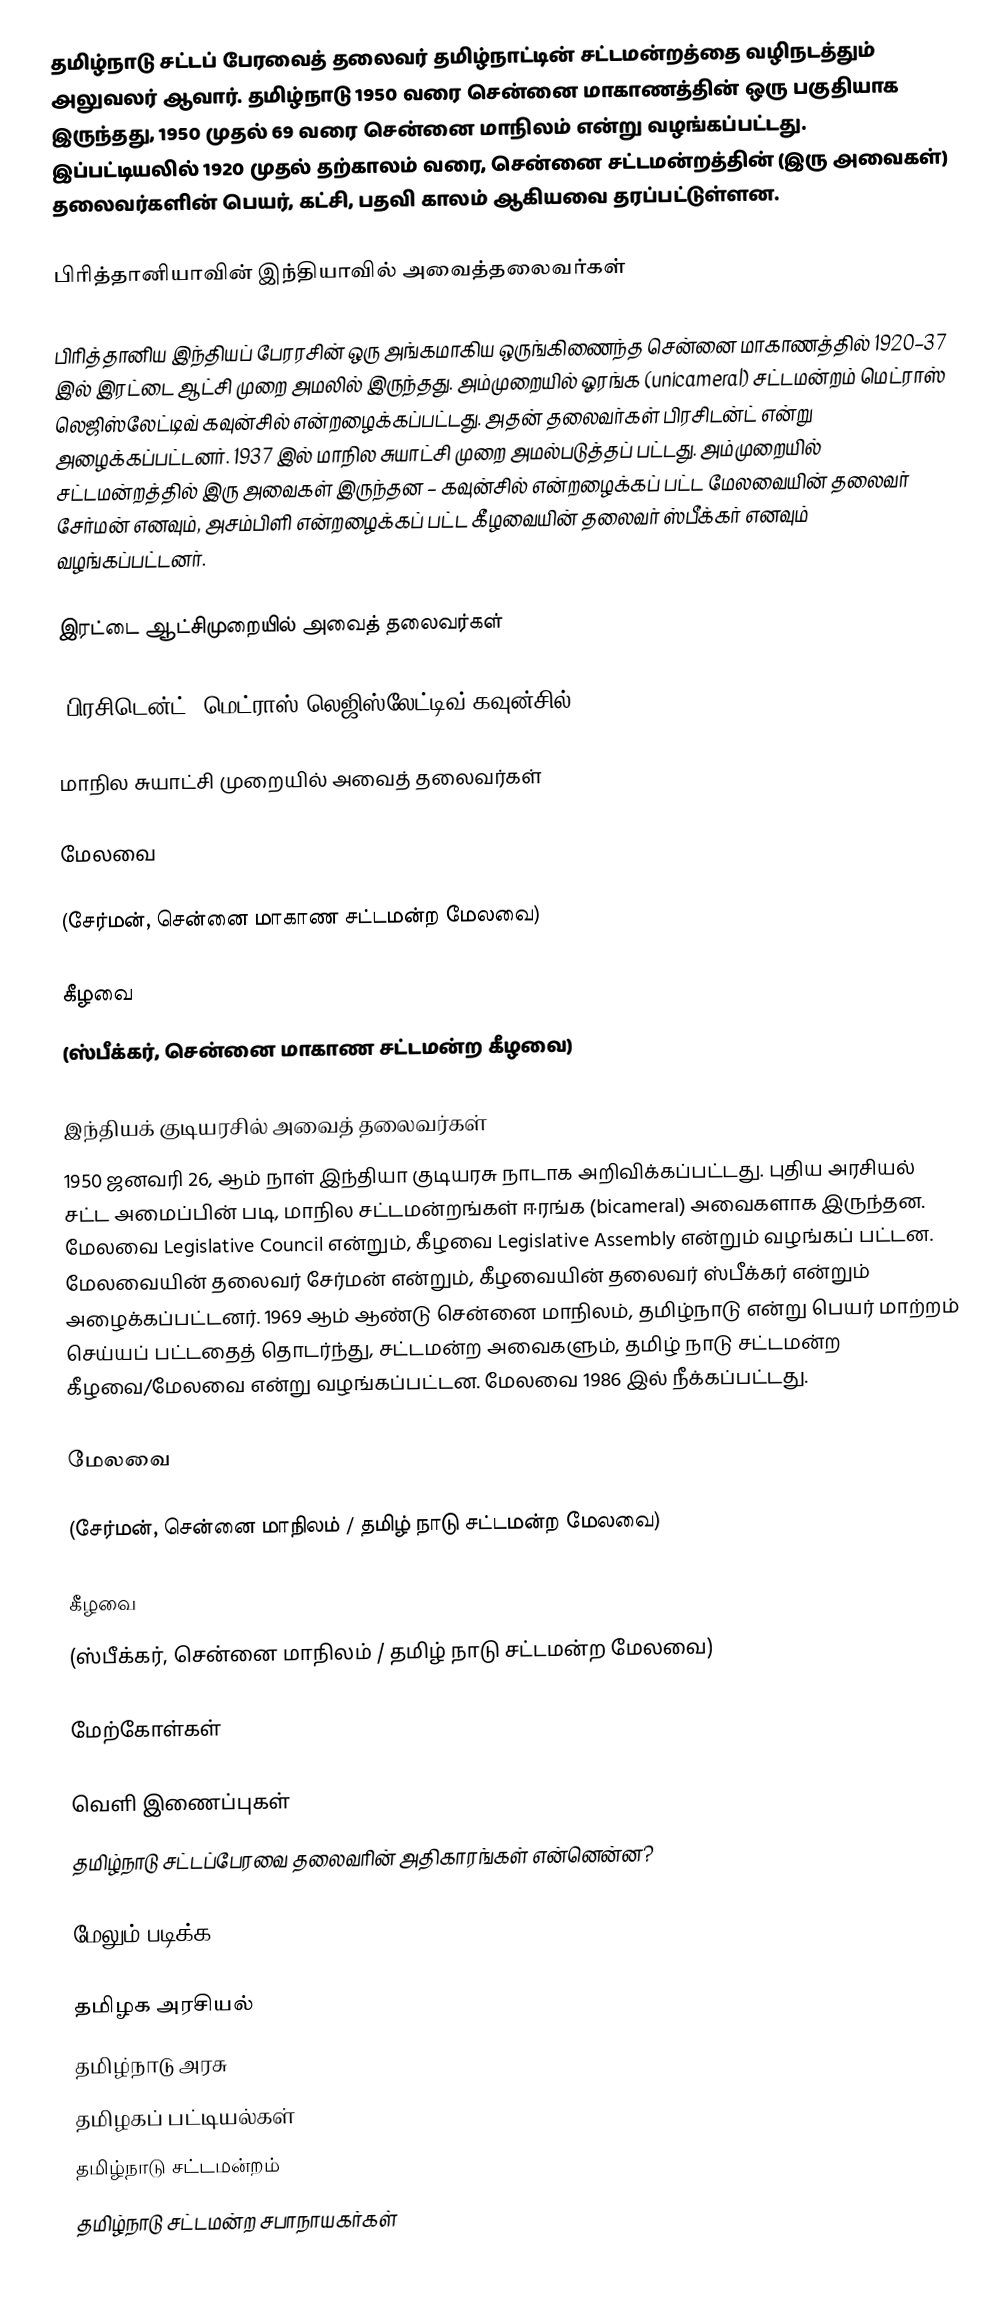
தமிழ்நாடு சட்டப் பேரவைத் தலைவர் தமிழ்நாட்டின் சட்டமன்றத்தை வழிநடத்தும் அலுவலர் ஆவார். தமிழ்நாடு 1950 வரை சென்னை மாகாணத்தின் ஒரு பகுதியாக இருந்தது, 1950 முதல் 69 வரை சென்னை மாநிலம் என்று வழங்கப்பட்டது. இப்பட்டியலில் 1920 முதல் தற்காலம் வரை, சென்னை சட்டமன்றத்தின் (இரு அவைகள்) தலைவர்களின் பெயர், கட்சி, பதவி காலம் ஆகியவை தரப்பட்டுள்ளன.

பிரித்தானியாவின் இந்தியாவில் அவைத்தலைவர்கள்

பிரித்தானிய இந்தியப் பேரரசின் ஒரு அங்கமாகிய ஒருங்கிணைந்த சென்னை மாகாணத்தில் 1920–37 இல் இரட்டை ஆட்சி முறை அமலில் இருந்தது. அம்முறையில் ஓரங்க (unicameral) சட்டமன்றம் மெட்ராஸ் லெஜிஸ்லேட்டிவ் கவுன்சில் என்றழைக்கப்பட்டது. அதன் தலைவர்கள் பிரசிடன்ட் என்று அழைக்கப்பட்டனர். 1937 இல் மாநில சுயாட்சி முறை அமல்படுத்தப் பட்டது. அம்முறையில் சட்டமன்றத்தில் இரு அவைகள் இருந்தன – கவுன்சில் என்றழைக்கப் பட்ட மேலவையின் தலைவர் சேர்மன் எனவும், அசம்பிளி என்றழைக்கப் பட்ட கீழவையின் தலைவர் ஸ்பீக்கர் எனவும் வழங்கப்பட்டனர்.

இரட்டை ஆட்சிமுறையில் அவைத் தலைவர்கள்

(பிரசிடென்ட், மெட்ராஸ் லெஜிஸ்லேட்டிவ் கவுன்சில்)

மாநில சுயாட்சி முறையில் அவைத் தலைவர்கள்

மேலவை

(சேர்மன், சென்னை மாகாண சட்டமன்ற மேலவை)

கீழவை
(ஸ்பீக்கர், சென்னை மாகாண சட்டமன்ற கீழவை)

இந்தியக் குடியரசில் அவைத் தலைவர்கள்
1950 ஜனவரி 26, ஆம் நாள் இந்தியா குடியரசு நாடாக அறிவிக்கப்பட்டது. புதிய அரசியல் சட்ட அமைப்பின் படி, மாநில சட்டமன்றங்கள் ஈரங்க (bicameral) அவைகளாக இருந்தன. மேலவை Legislative Council என்றும், கீழவை Legislative Assembly என்றும் வழங்கப் பட்டன. மேலவையின் தலைவர் சேர்மன் என்றும், கீழவையின் தலைவர் ஸ்பீக்கர் என்றும் அழைக்கப்பட்டனர். 1969 ஆம் ஆண்டு சென்னை மாநிலம், தமிழ்நாடு என்று பெயர் மாற்றம் செய்யப் பட்டதைத் தொடர்ந்து, சட்டமன்ற அவைகளும், தமிழ் நாடு சட்டமன்ற கீழவை/மேலவை என்று வழங்கப்பட்டன. மேலவை 1986 இல் நீக்கப்பட்டது.

மேலவை

(சேர்மன், சென்னை மாநிலம் / தமிழ் நாடு சட்டமன்ற மேலவை)

கீழவை
(ஸ்பீக்கர், சென்னை மாநிலம் / தமிழ் நாடு சட்டமன்ற மேலவை)

மேற்கோள்கள்

வெளி இணைப்புகள்
  தமிழ்நாடு சட்டப்பேரவை தலைவரின் அதிகாரங்கள் என்னென்ன?

மேலும் படிக்க

தமிழக அரசியல்
தமிழ்நாடு அரசு
தமிழகப் பட்டியல்கள்
தமிழ்நாடு சட்டமன்றம்
தமிழ்நாடு சட்டமன்ற சபாநாயகர்கள்